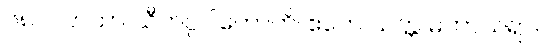
၆၈၀။ တထာ သီဟပ္ပပါတောတိ၊ ဧတေ သတ္တ မဟာသရာ။